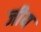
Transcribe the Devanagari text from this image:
जीय